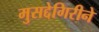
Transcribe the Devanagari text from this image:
मुसद्देगिरीने